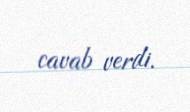
cavab verdi.